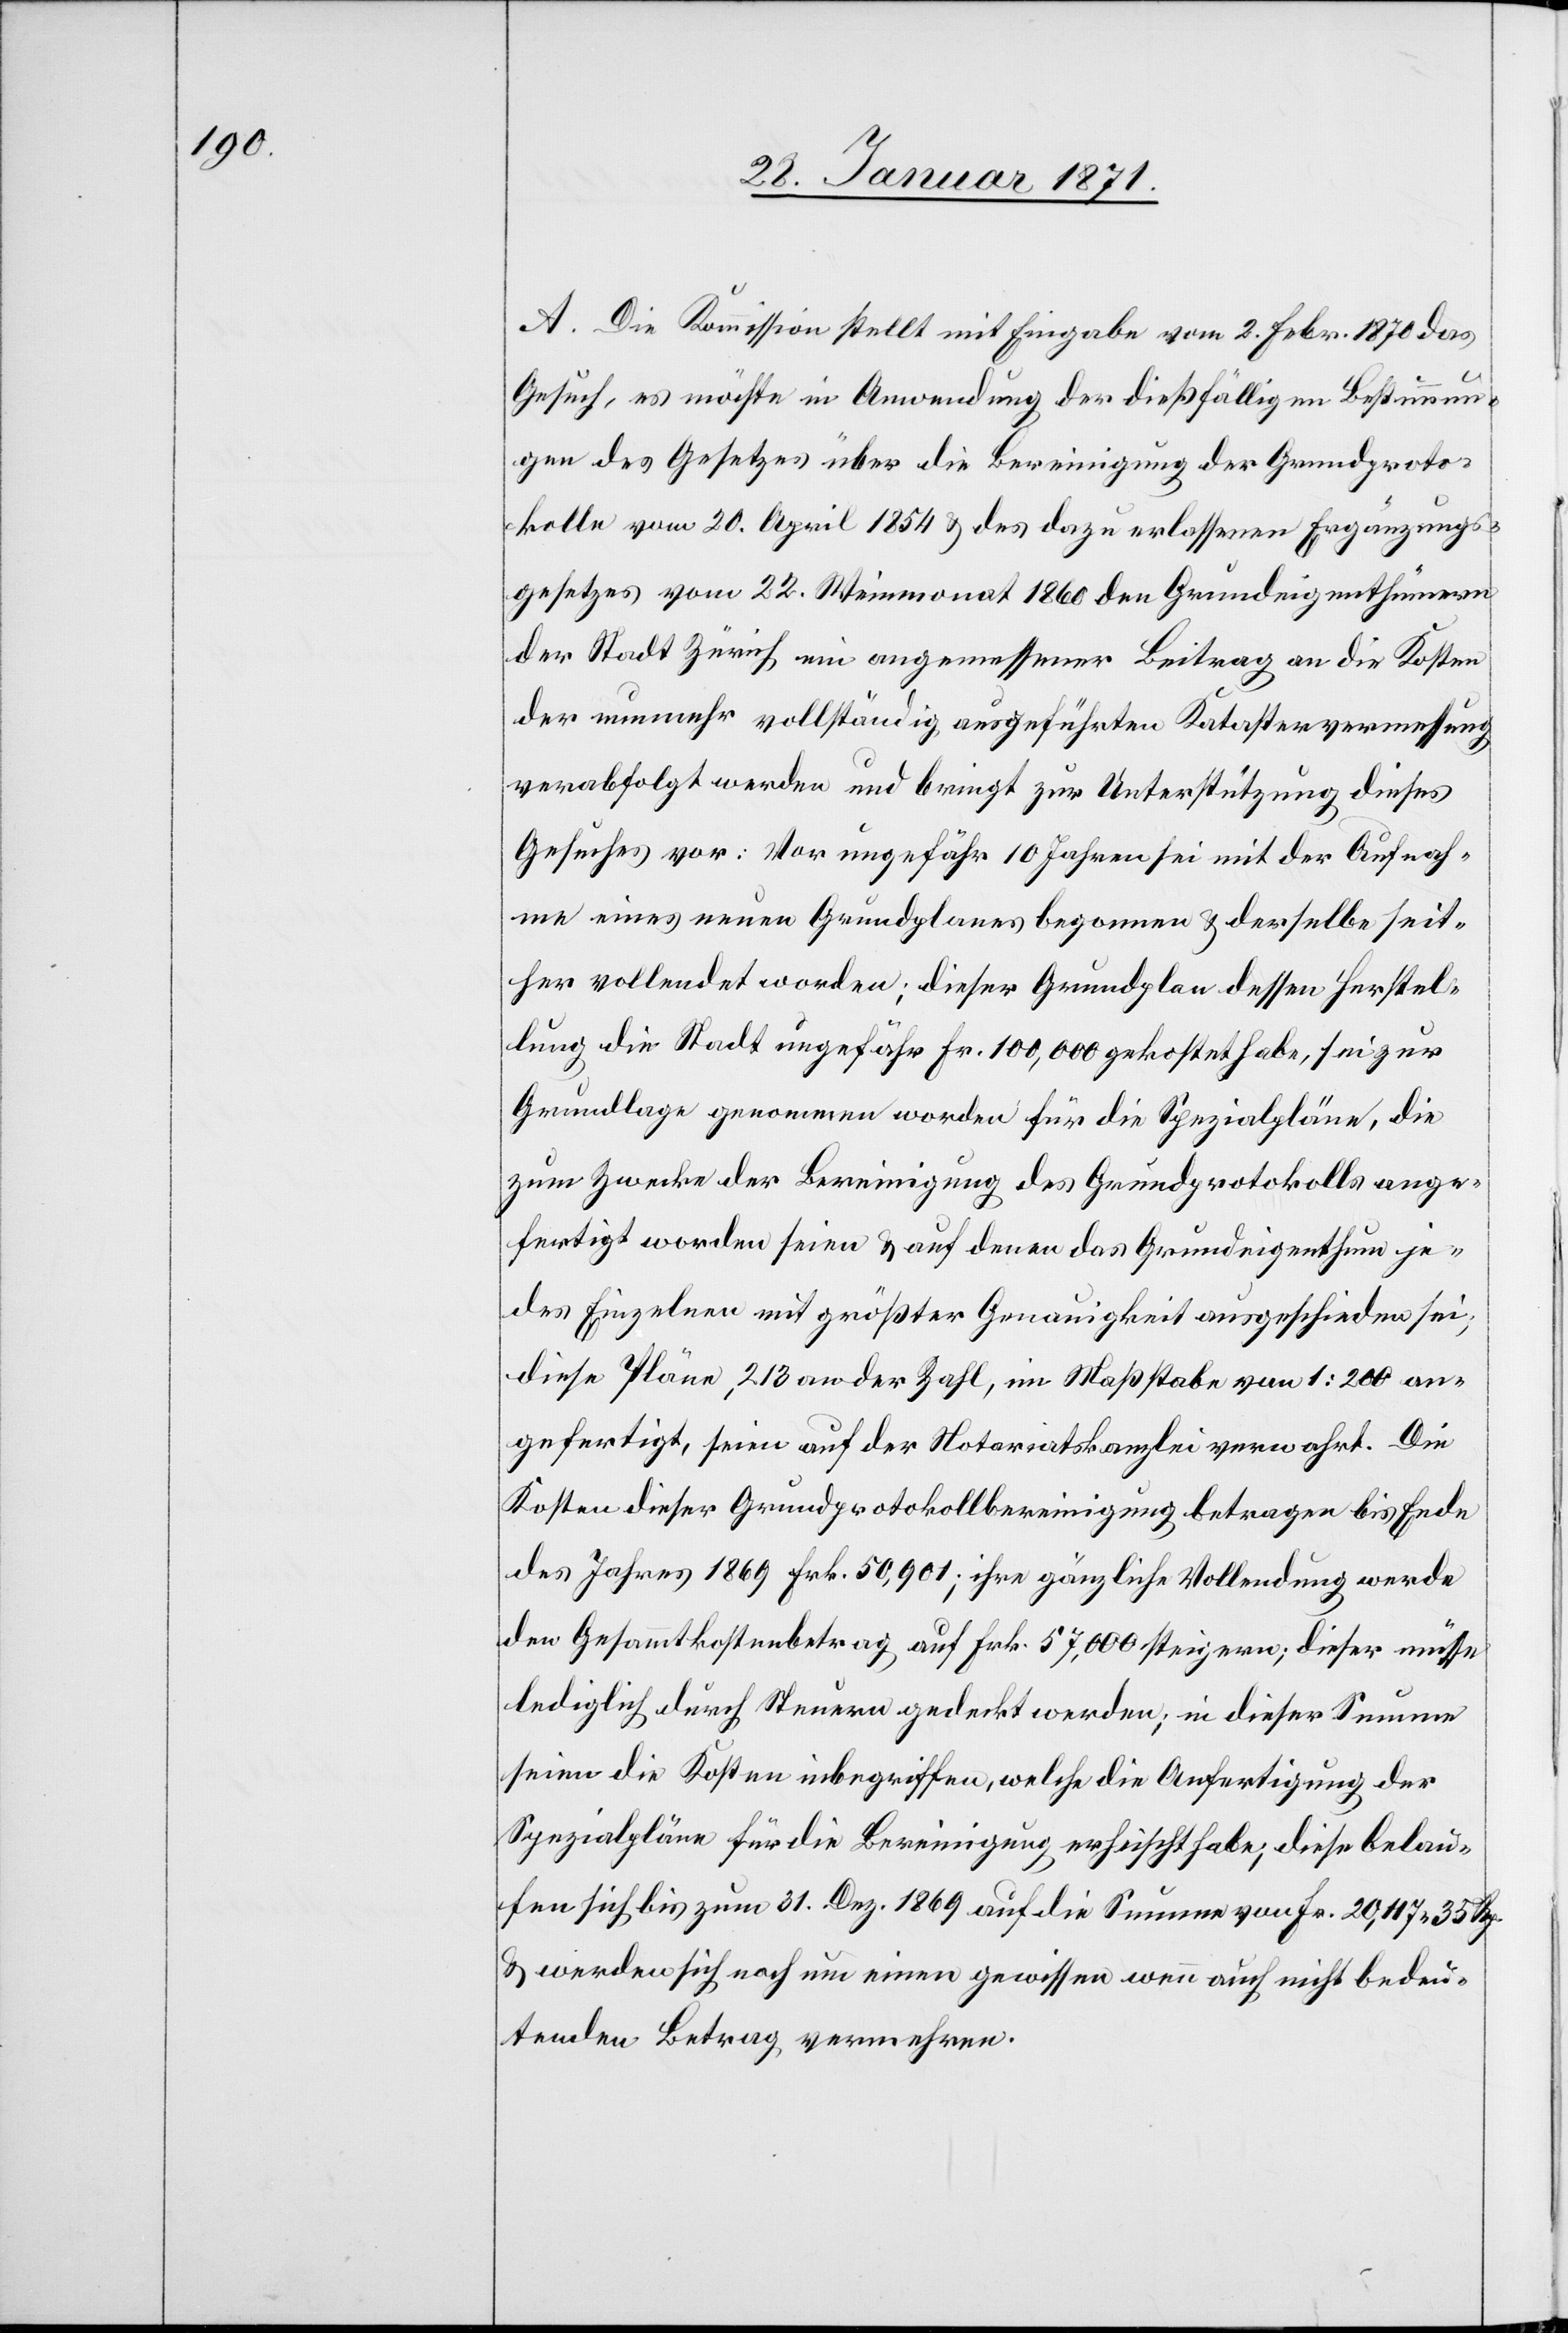
A. Die Kommission stellt mit Eingabe vom 2. Febr. 1870 das
Gesuch, es möchte in Anwendung der dießfälligen Bestimmun¬
gen des Gesetzes über die Bereinigung der Grundproto¬
kolle vom 20. April 1854 u. des dazu erlassenen Ergänzungs¬
gesetzes vom 22. Weinmonat 1860 den Grundeigenthümern
der Stadt Zürich ein angemessener Beitrag an die Kosten
der nunmehr vollständig ausgeführten Katastervermessung
verabfolgt werden und bringt zur Unterstützung dieses
Gesuches vor: Vor ungefähr 10 Jahren sei mit der Aufnah¬
me eines neuen Grundplanes begonnen u. derselbe seit¬
her vollendet worden; dieser Grundplan dessen Herstel¬
lung die Stadt ungefähr Fr. 100,000 gekostet habe, sei zur
Grundlage genommen worden für die Spezialpläne, die
zum Zwecke der Bereinigung des Grundprotokolls ange¬
fertigt worden seien u. auf denen das Grundeigenthum je¬
des Einzelnen mit größter Genauigkeit ausgeschieden sei;
diese Pläne, 213 an der Zahl, im Maßstabe von 1:200 an¬
gefertigt, seien auf der Notariatskanzlei verwahrt. Die
Kosten dieser Grundprotokollbereinigung betragen bis Ende
des Jahres 1869 Frk. 50,901; ihre gänzliche Vollendung werde
den Gesammtkostenbetrag auf Frk. 57,000 steigen; dieser müsse
lediglich durch Steuern gedeckt werden; in dieser Summe
seien die Kosten inbegriffen, welche die Anfertigung der
Spezialpläne für die Bereinigung erheischt habe; diese belau¬
fen sich bis zum 31. Dez. 1869 auf die Summe von Fr. 20,117.35 Rp.
u. werden sich noch um einen gewissen wenn auch nicht bedeu¬
tenden Betrag vermehren.